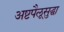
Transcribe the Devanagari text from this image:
अष्टपैलूसुद्धा